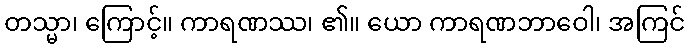
တသ္မာ၊ ကြောင့်။ ကာရဏဿ၊ ၏။ ယော ကာရဏဘာဝေါ၊ အကြင်